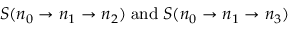
S ( n _ { 0 } \to n _ { 1 } \to n _ { 2 } ) \; \mathrm { a n d } \; S ( n _ { 0 } \to n _ { 1 } \to n _ { 3 } )